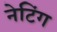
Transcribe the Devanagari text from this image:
नेटिंग